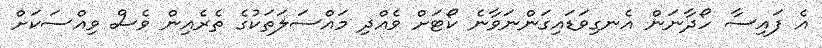
އެ ފައިސާ ހޯދާނަން އެނގިވަޑައިގަންނަވާނެ ކޯޓަށް ވެއްދި މައްސަލަތަކުގެ ތެރެއިން ވެސް ވިއްސަކަށް